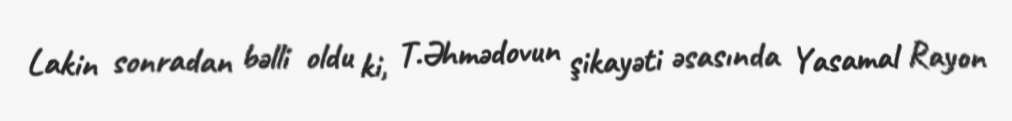
Lakin sonradan bəlli oldu ki, T.Əhmədovun şikayəti əsasında Yasamal Rayon